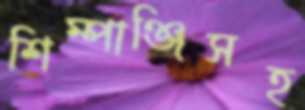
শিম্পাঞ্জিসহ